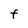
Character: F